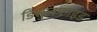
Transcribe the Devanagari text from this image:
डिसुलफाइड